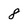
Character: 8